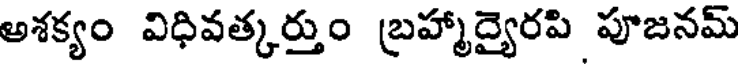
అశక్యం విధివత్కర్తుం బ్రహ్మాద్యైరపి పూజనమ్